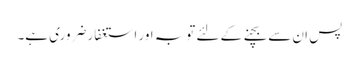
پس ان سے بچنے کے لئے توبہ اور استغفار ضروری ہے۔